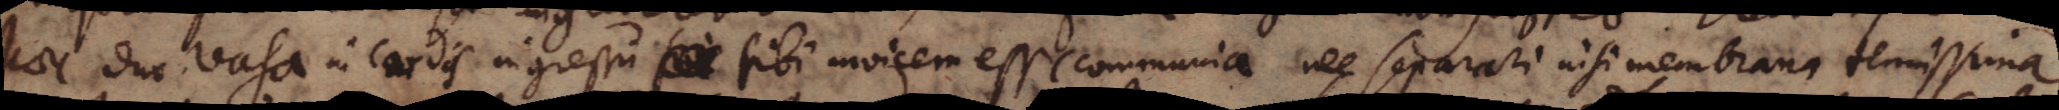
haec duo vasa in cordis ingressu xx sibi invicem esse communia nec separari nisi membrana tenuissima